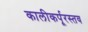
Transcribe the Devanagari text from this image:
कालीकर्पूरस्तव